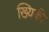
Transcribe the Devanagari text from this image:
ख्यिकी